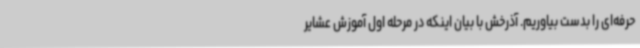
حرفه‌ای را بدست بیاوریم. آذرخش با بیان اینکه در مرحله اول آموزش عشایر